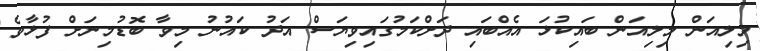
މިލިއަން މިލިއަން ބައިކުޅަ އެއްބައި ދަށްކަމުގައިވިޔަސް އަދު ކައުނު މިވާ ބޮޑުމިނަށް ފުޅާވެ